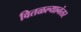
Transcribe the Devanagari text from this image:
वितळल्यानंतर